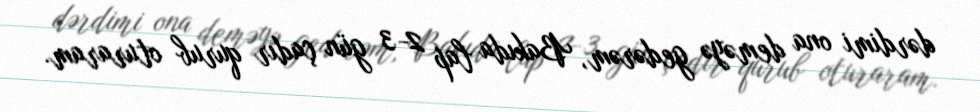
dərdimi ona deməyə gedərəm, Bakıda lap 2-3 gün çadır qurub oturaram.